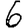
Digit: 6